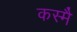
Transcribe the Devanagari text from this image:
कस्मै॑